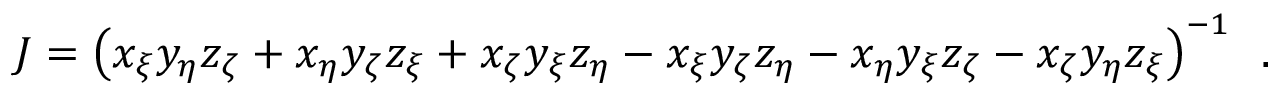
J = \left( x _ { \xi } y _ { \eta } z _ { \zeta } + x _ { \eta } y _ { \zeta } z _ { \xi } + x _ { \zeta } y _ { \xi } z _ { \eta } - x _ { \xi } y _ { \zeta } z _ { \eta } - x _ { \eta } y _ { \xi } z _ { \zeta } - x _ { \zeta } y _ { \eta } z _ { \xi } \right) ^ { - 1 } \, \mathrm { ~ . ~ }